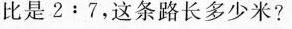
比是2:7，这条路长多少米?